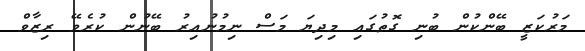
މަރުކަޒީ ބޭންކުން ބުނި ގޮތުގައި މިދިޔަ މަސް ނިމުނުއިރު ބޭނުން ކުރެވޭ ރިޒާވް